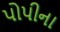
પોપીના